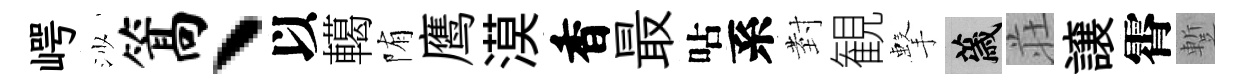
崿沙篙丶以轕陏鹰漠香最呫系𭔹観擊薉荘譲霄蹔